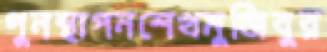
পুনস্থাপনশেখমুজিবুর